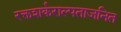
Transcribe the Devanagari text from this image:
रक्तशर्कराल्पताजनित